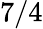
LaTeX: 7/4